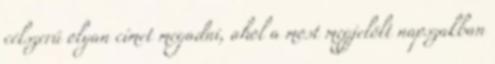
célszerű olyan címet megadni, ahol a most megjelölt napszakban